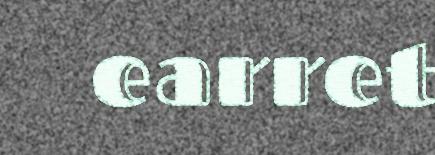
earret